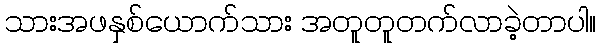
သားအဖနှစ်ယောက်သား အတူတူတက်လာခဲ့တာပါ။